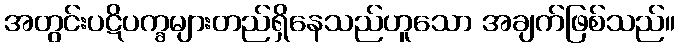
အတွင်းပဋိပက္ခများတည်ရှိနေသည်ဟူသော အချက်ဖြစ်သည်။